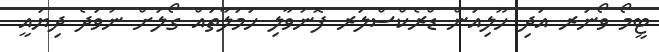
ޓީމޯ ވޯނަރ އަދި ހޫލިއަން ޑްރެކްސްލަރ ފޮނުވާލި ހަމަލާތައް ގޯލަށް ނުވަދެ ދިޔައީ